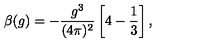
\beta ( g ) = - \frac { g ^ { 3 } } { ( 4 \pi ) ^ { 2 } } \left[ 4 - \frac 1 3 \right] ,